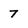
Character: 7